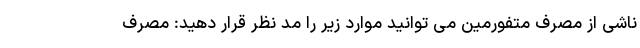
ناشی از مصرف متفورمین می توانید موارد زیر را مد نظر قرار دهید: مصرف